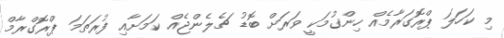
މި ކަހަލަ ޕްރޮގަރާމެއް ހިންގުމަކީ ވަރަށް ބޮޑު ޗެލެންޖެއް ކަމަށާއި ފުރަތަމަ ޕްރޮގްރާމް